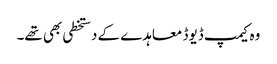
وہ کیمپ ڈیوڈ معاہدے کے دستخطی بھی تھے۔